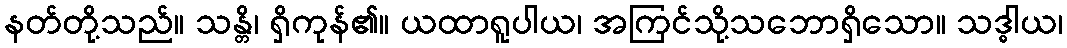
နတ်တို့သည်။ သန္တိ၊ ရှိကုန်၏။ ယထာရူပါယ၊ အကြင်သို့သဘောရှိသော။ သဒ္ဓါယ၊